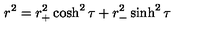
r ^ { 2 } = r _ { + } ^ { 2 } \cosh ^ { 2 } { \tau } + r _ { - } ^ { 2 } \sinh ^ { 2 } { \tau }